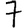
Digit: 7